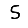
Digit: 5